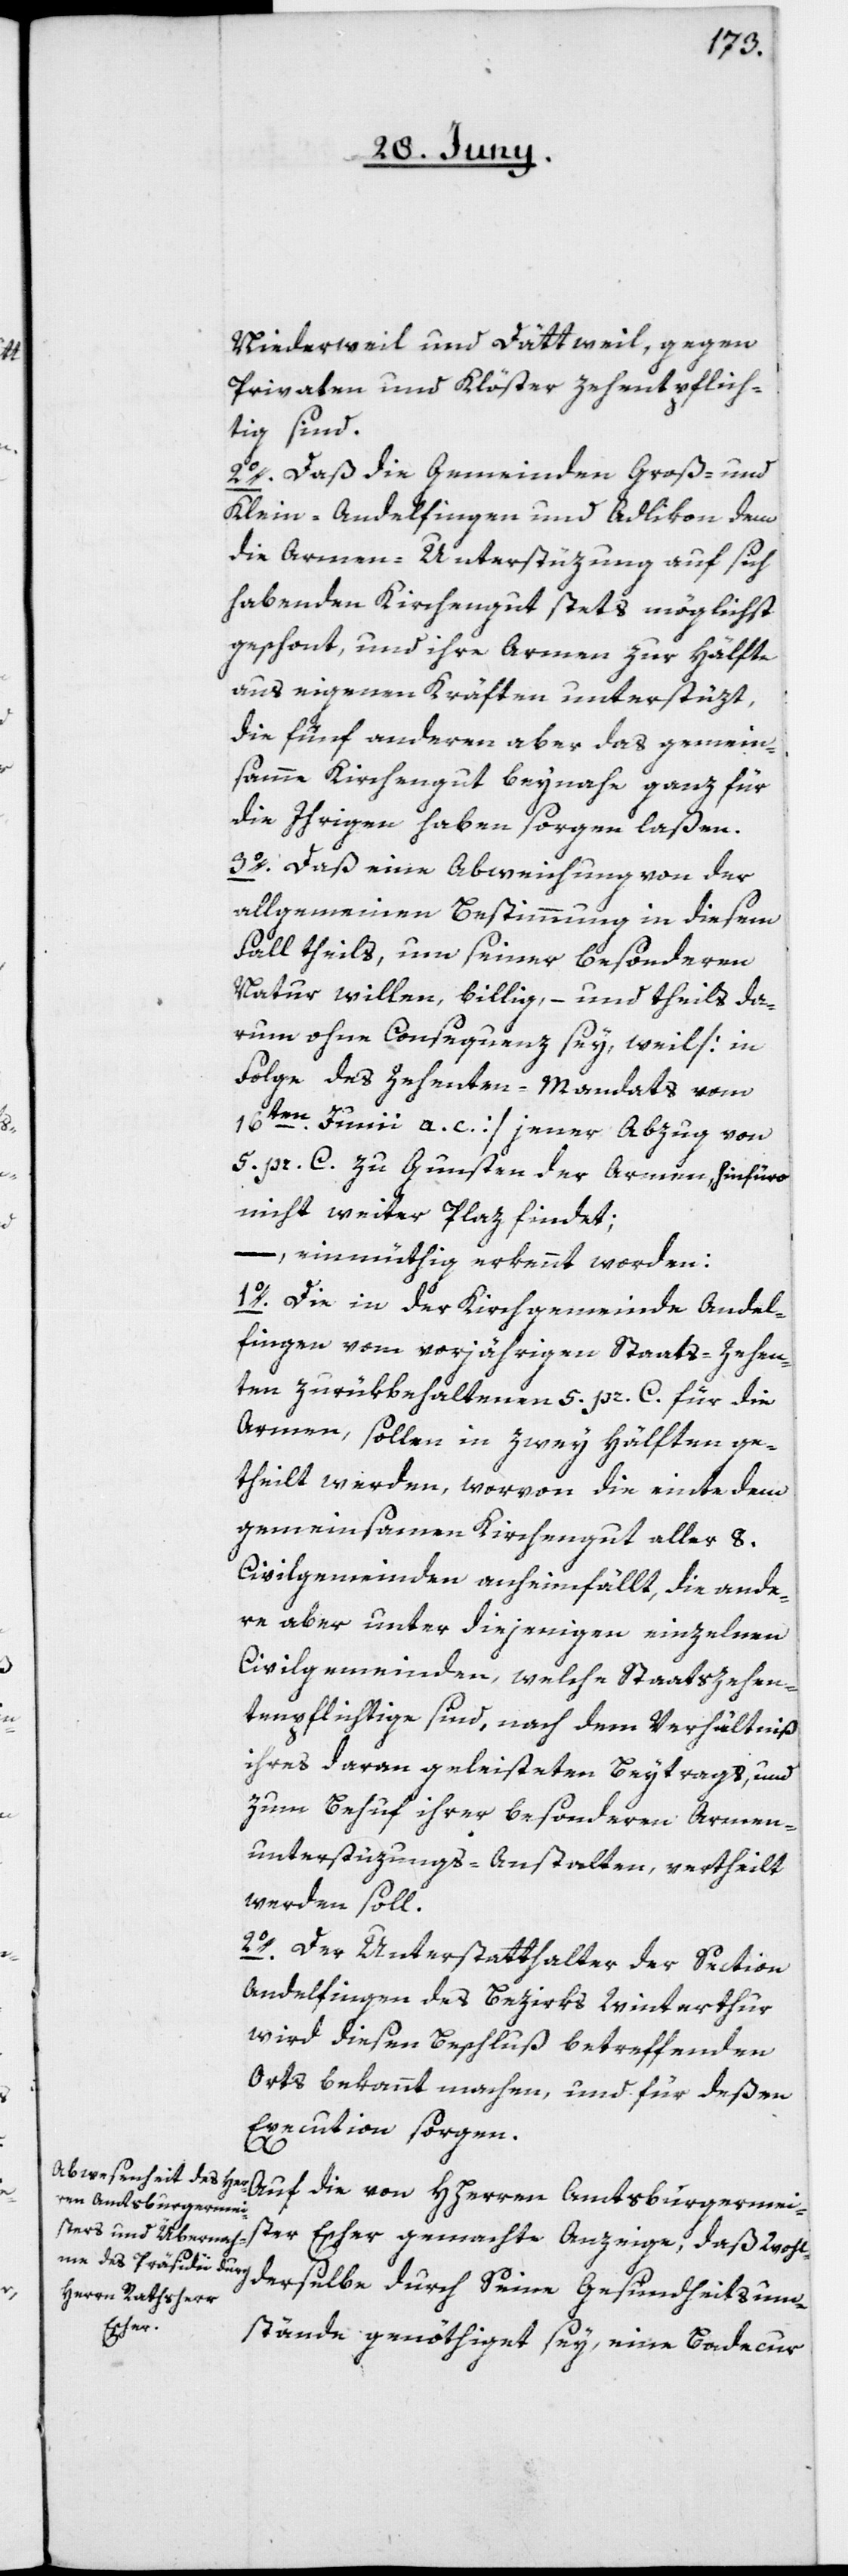
Niederweil und Dättweil, gegen
Privaten und Klöster zehentpflich¬
tig sind.
2o. Daß die Gemeinden Groß- und
Klein-Andelfingen und Adlikon, dem
die Armen-Unterstüzung auf sich
habenden Kirchengut stets möglichst
geschont, und ihre Armen zur Hälfte
aus eigenen Kräften unterstüzt,
die fünf anderen aber das gemein¬
samme Kirchengut beynahe ganz für
die Ihrigen haben sorgen laßen.
3o. Daß eine Abweichung von der
allgemeinen Bestimmung in diesem
Fall theils, um seiner besonderen
Natur willen, billig, – und theils da¬
rum ohne Consequenz sey, weil [in
Folge des Zehenten-Mandats vom
16ten Junii a. c.] jener Abzug von
5 pr. C. zu Gunsten der Armen, hinfüro
nicht weiter Plaz findet;
– einmüthig erkennt worden:
1o. Die in der Kirchgemeinde Andel¬
fingen vom vorjährigen Staats-Zehen¬
ten zurükbehaltenen 5 pr. C. für die
Armen, sollen in zwey Hälften ge¬
theilt werden, worvon die einte dem
gemeinsamen Kirchengut aller 8.
Civilgemeinden anheimfällt, die ande¬
re aber unter diejenigen einzelnen
Civilgemeinden, welche Staatszehen¬
tenpflichtige sind, nach dem Verhältniß
ihres daran geleisteten Beytrags, und
zum Behuf ihrer besonderen Armen¬
unterstüzungs-Anstalten, vertheilt
werden soll.
2o. Der Unterstatthalter der Section
Andelfingen des Bezirks Winterthur
wird diesen Beschluß betreffenden
Orts bekannt machen, und für deßen
Execution sorgen.
Auf die von HHerren Amtsburgermei¬
ster Escher gemachte Anzeige, daß Wohl¬
derselbe durch Seine Gesundheitsum¬
stände genöthiget sey, eine Badecur